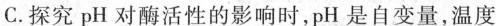
C.探究 pH 对酶活性的影响时，pH 是自变量，温度是